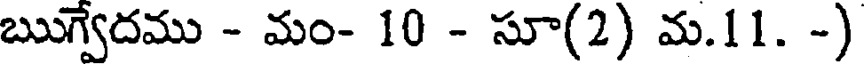
ఋగ్వేదము - మం- 10 - సూ(2) మ.11. -)